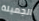
الجميلة